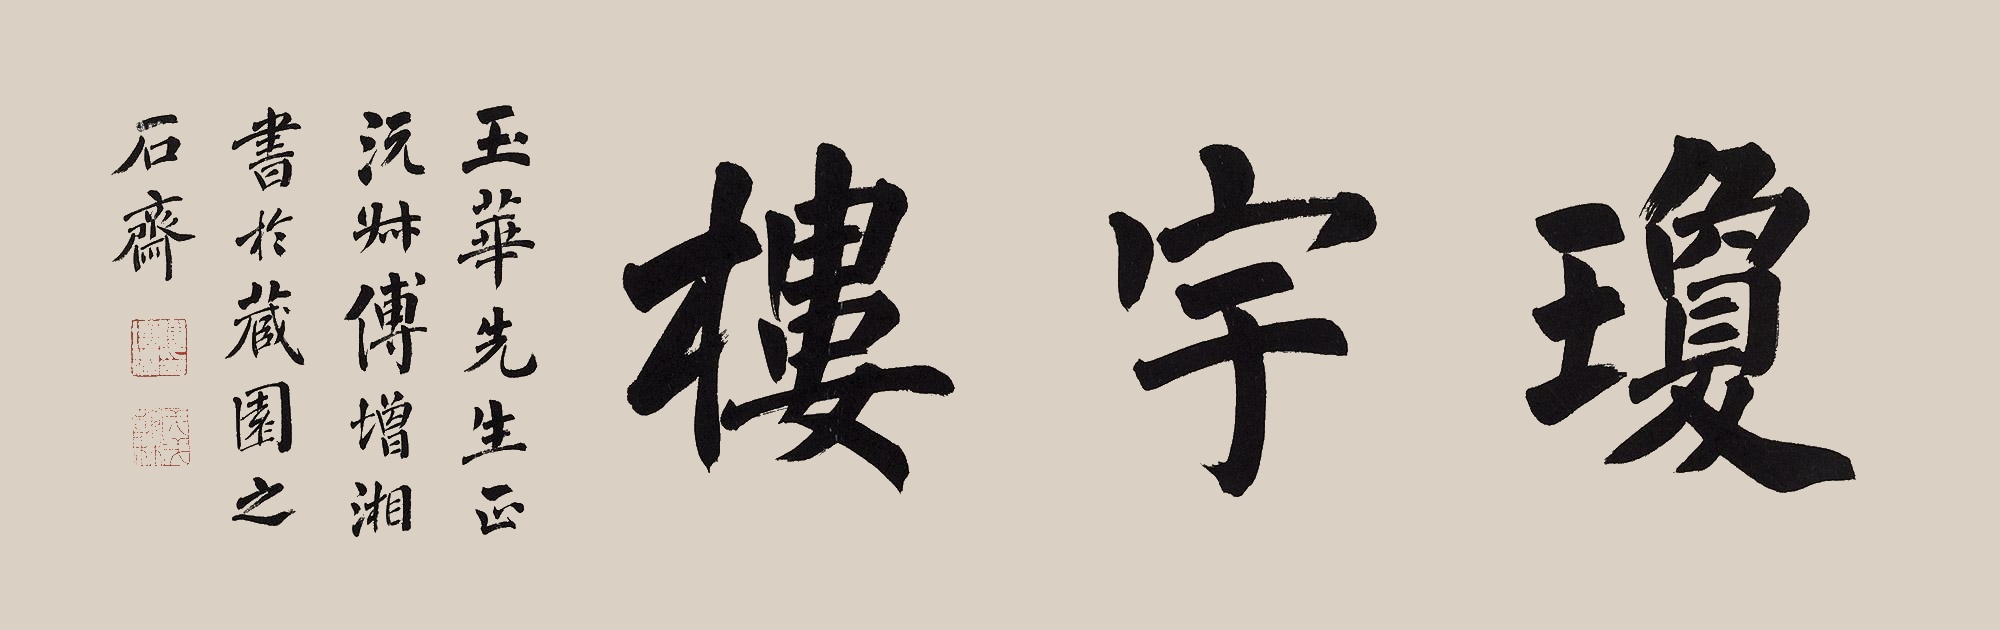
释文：琼宇楼。玉华先生正，沅叔傅增湘书于藏园之石斋。